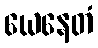
ယေနေတံ